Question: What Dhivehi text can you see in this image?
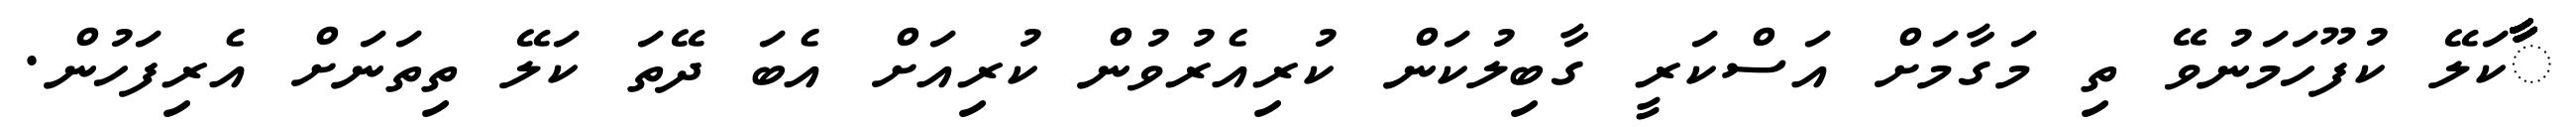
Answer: ާާާާާާާާާާާާާާާާާާާާާާާާާާާާާާާާާާާާާކަލޭ ކުފޫހަމަނުވޭ ތި މަގާމަށް އަސްކަރީ ގާބިލުކަން ކުރިއެރުވުން ކުރިއަށް އެބަ ދޭތަ ކަލޭ ތިތަނަށް އެރިފަހުން.